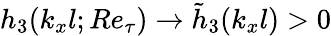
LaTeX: h_{3}(k_{x}l;Re_{\tau})\rightarrow\tilde{h}_{3}(k_{x}l)>0